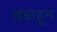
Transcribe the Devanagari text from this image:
खंडाहून